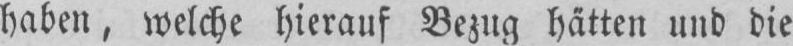
haben, welche hierauf Bezug hätten und die